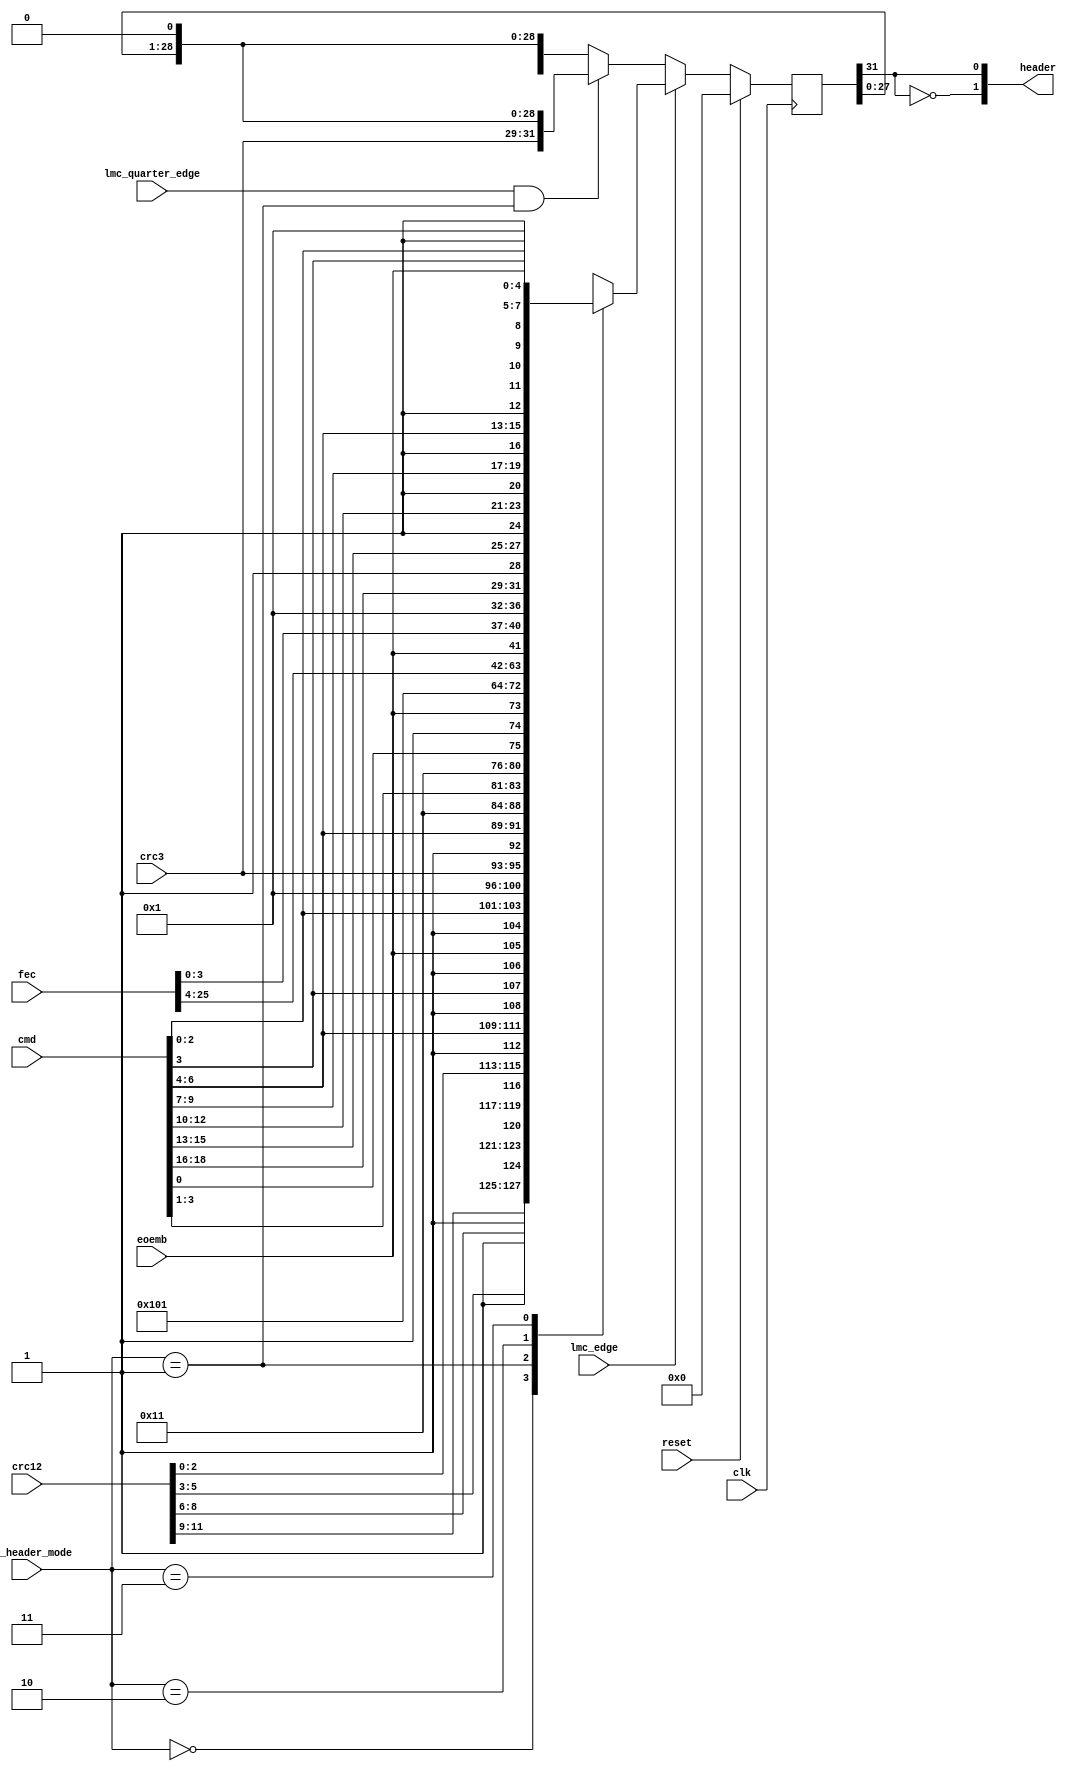
//
// The ADI JESD204 Core is released under the following license, which is
// different than all other HDL cores in this repository.
//
// Please read this, and understand the freedoms and responsibilities you have
// by using this source code/core.
//
// The JESD204 HDL, is copyright  2016-2017 Analog Devices Inc.
//
// This core is free software, you can use run, copy, study, change, ask
// questions about and improve this core. Distribution of source, or resulting
// binaries (including those inside an FPGA or ASIC) require you to release the
// source of the entire project (excluding the system libraries provide by the
// tools/compiler/FPGA vendor). These are the terms of the GNU General Public
// License version 2 as published by the Free Software Foundation.
//
// This core  is distributed in the hope that it will be useful, but WITHOUT ANY
// WARRANTY; without even the implied warranty of MERCHANTABILITY or FITNESS FOR
// A PARTICULAR PURPOSE. See the GNU General Public License for more details.
//
// You should have received a copy of the GNU General Public License version 2
// along with this source code, and binary.  If not, see
// <http://www.gnu.org/licenses/>.
//
// Commercial licenses (with commercial support) of this JESD204 core are also
// available under terms different than the General Public License. (e.g. they
// do not require you to accompany any image (FPGA or ASIC) using the JESD204
// core with any corresponding source code.) For these alternate terms you must
// purchase a license from Analog Devices Technology Licensing Office. Users
// interested in such a license should contact jesd204-licensing@analog.com for
// more information. This commercial license is sub-licensable (if you purchase
// chips from Analog Devices, incorporate them into your PCB level product, and
// purchase a JESD204 license, end users of your product will also have a
// license to use this core in a commercial setting without releasing their
// source code).
//
// In addition, we kindly ask you to acknowledge ADI in any program, application
// or publication in which you use this JESD204 HDL core. (You are not required
// to do so; it is up to your common sense to decide whether you want to comply
// with this request or not.) For general publications, we suggest referencing :
// The design and implementation of the JESD204 HDL Core used in this project
// is copyright  2016-2017, Analog Devices, Inc.
//

`timescale 1ns/100ps

module jesd204_tx_header (
  input clk,
  input reset,

  input [1:0]  cfg_header_mode,

  input        lmc_edge,
  input        lmc_quarter_edge,

  // Header content to be sent must be valid during lmc_edge
  input        eoemb,
  input [2:0]  crc3,
  input [11:0] crc12,
  input [25:0] fec,
  input [18:0] cmd,

  output [1:0] header
);

  reg header_bit;
  reg [31:0] sync_word = 'h0;

  always @(posedge clk) begin
    if (reset) begin
      sync_word <= 'h0;
    end else if (lmc_edge) begin
      case (cfg_header_mode)
        // CRC-12
        2'b00 : sync_word <= {crc12[11:9],1'b1,crc12[8:6],1'b1,
                               crc12[5:3],1'b1,crc12[2:0],1'b1,
                                 cmd[6:4],1'b1,cmd[3],1'b1,eoemb,1'b1,
                                 cmd[2:0],5'b00001};
        // CRC-3
        2'b01 : sync_word <= {  crc3[2:0],1'b1,cmd[6:4],1'b1,
                                   3'b000,1'b1,cmd[3:1],1'b1,
                                   3'b000,1'b1,cmd[0],1'b1,eoemb,1'b1,
                                   3'b000,5'b00001};
        // FEC
        2'b10 : sync_word <= { fec[25:18],
                               fec[17:10],
                                 fec[9:4],eoemb,fec[3],
                                 fec[2:0],5'b00001};
        // Stand alone command
        2'b11 : sync_word <= { cmd[18:16],1'b1,cmd[15:13],1'b1,
                               cmd[12:10],1'b1,cmd[9:7],1'b1,
                                 cmd[6:4],1'b1,cmd[3],1'b1,eoemb,1'b1,
                                 cmd[2:0],5'b00001};
      endcase
    end else begin
      if (lmc_quarter_edge && cfg_header_mode == 2'b01) begin
        sync_word <= {crc3[2],crc3[1],crc3[0],sync_word[27:0],1'b0};
      end else begin
        sync_word <= {sync_word[30:0],1'b0};
      end
    end
  end

  assign header = {~sync_word[31],sync_word[31]};

endmodule